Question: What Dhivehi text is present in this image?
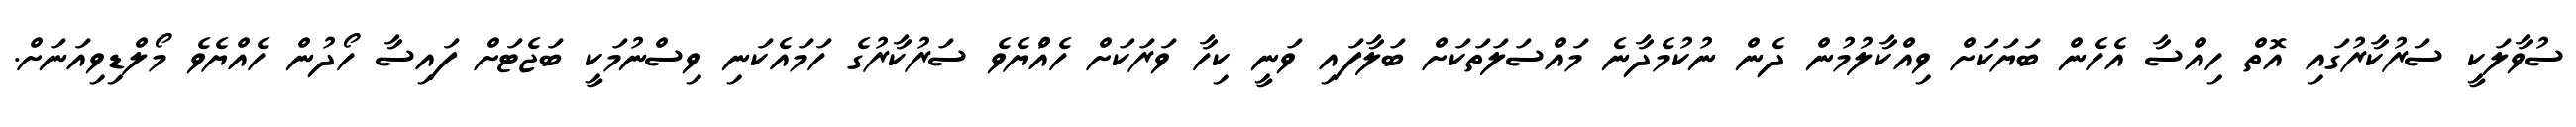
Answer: ސުވާލަކީ ސަރުކާރުގައި އޮތް ހިއްސާ އެހެން ބަޔަކަށް ވިއްކާލުމުން ދެން ނުކުމެދާނެ މައްސަލަތަކަށް ބަލާފައި ވަނީ ކިހާ ވަރަކަށް ހެއްުޔެވެ ސަރުކާރުގެ ހަމައެކަނި ވިސްނުމަކީ ބަޖެޓަށް ފައިސާ ހޯދުން ހެއްޔެވެ މޯލްޑިވިއަނަށް.